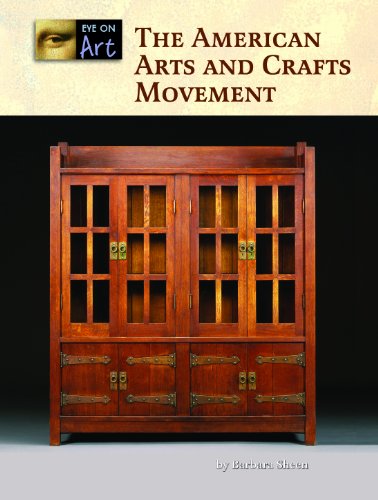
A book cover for The American Arts and Crafts Movement (Eye on Art); Barbara Sheen; Teen & Young Adult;